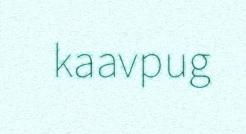
kaavpug